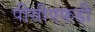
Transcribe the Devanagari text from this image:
पीसीएफडी